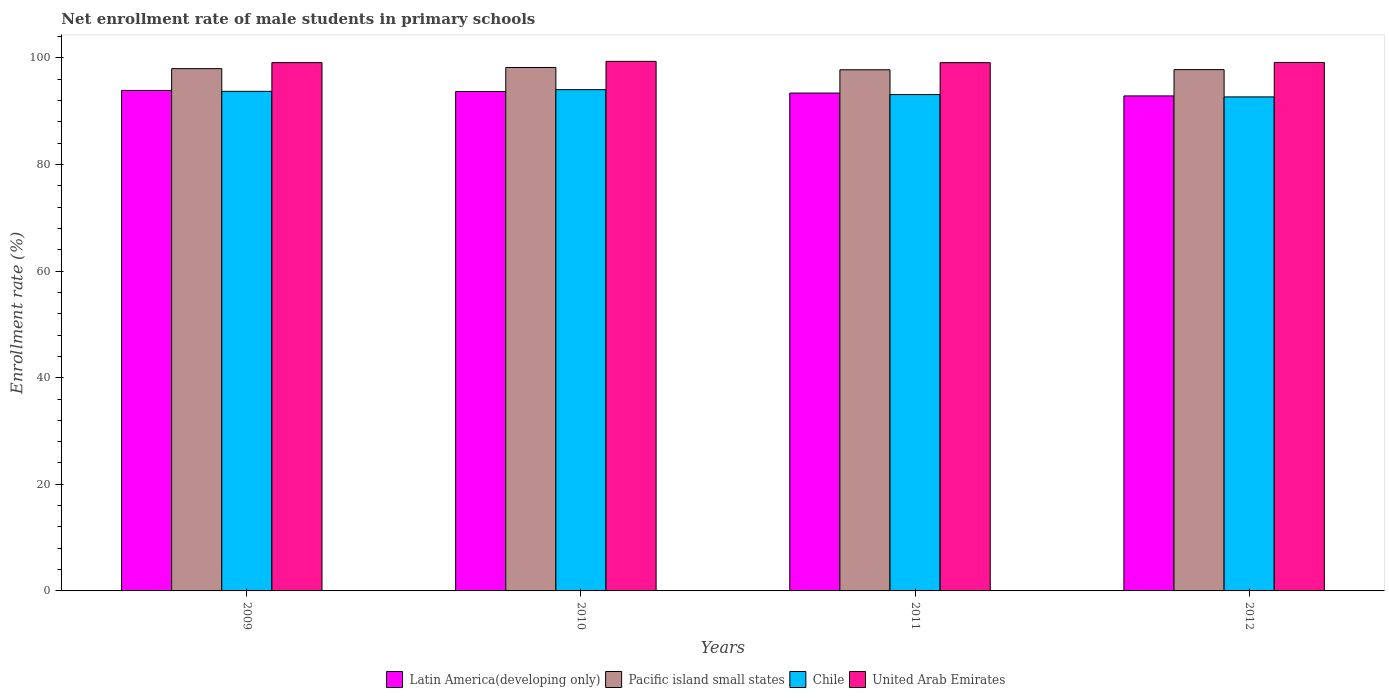
| Years | Latin America(developing only) | Pacific island small states | Chile | United Arab Emirates |
 | --- | --- | --- | --- | --- |
 | 2009 | 93.9 | 98 | 93.7 | 99.1 |
 | 2010 | 93.7 | 98.2 | 94 | 99.4 |
 | 2011 | 93.4 | 97.8 | 93.1 | 99.1 |
 | 2012 | 92.9 | 97.8 | 92.7 | 99.1 |